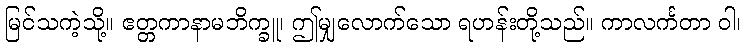
မြင်သကဲ့သို့။ ဧတ္တကာနာမဘိက္ခူ၊ ဤမျှလောက်သော ရဟန်းတို့သည်။ ကာလင်္ကတာ ဝါ၊